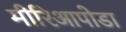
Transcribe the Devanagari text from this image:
मीरिआपोडा